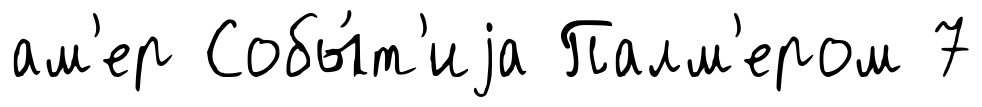
ам'ер Собы́т'иjа Палм'ером 7